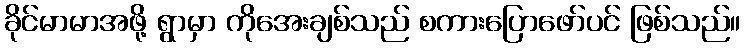
ခိုင်မာမာအဖို့ ရွာမှာ ကိုအေးချစ်သည် စကားပြောဖော်ပင် ဖြစ်သည်။